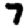
Digit: 7